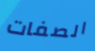
الصفات